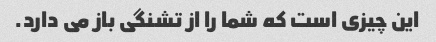
این چیزی است که شما را از تشنگی باز می دارد.